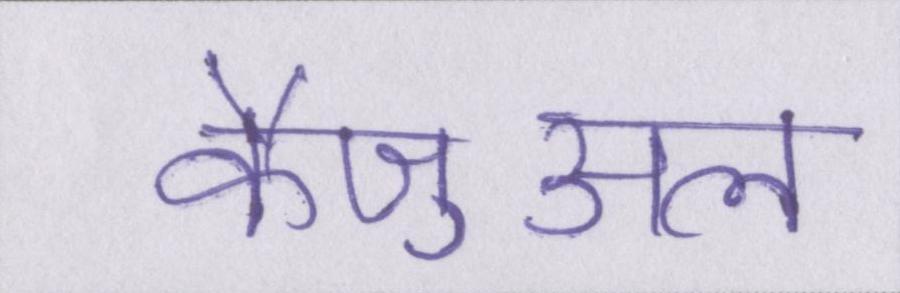
कैज़ुअल